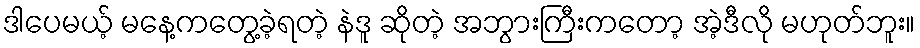
ဒါပေမယ့် မနေ့ကတွေ့ခဲ့ရတဲ့ နဲဒူ ဆိုတဲ့ အဘွားကြီးကတော့ အဲ့ဒီလို မဟုတ်ဘူး။